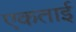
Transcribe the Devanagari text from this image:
एकताई